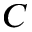
C